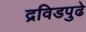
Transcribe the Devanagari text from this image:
द्रविडपुढे